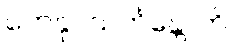
တေနုပသင်္ကန္တောတိ